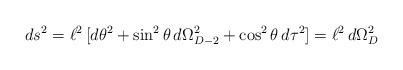
LaTeX: \begin{align*}ds^{2} = \ell^{2} \, [d\theta^{2} + \sin^{2}\theta \, d\Omega_{D-2}^{2} + \cos^{2}\theta \, d\tau^{2}] = \ell^{2} \, d\Omega_{D}^{2}\end{align*}